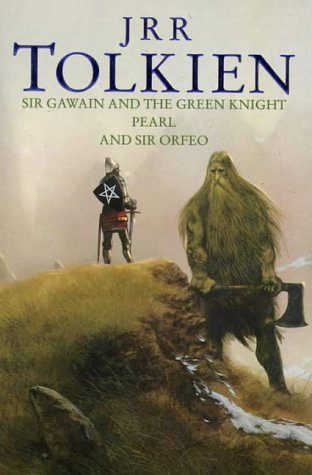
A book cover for Sir Gawain and the Green Knight, Pearl, and Sir Orfeo; Literature & Fiction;